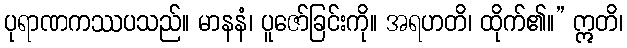
ပုရာဏကဿပသည်။ မာနနံ၊ ပူဇော်ခြင်းကို။ အရဟတိ၊ ထိုက်၏။” ဣတိ၊